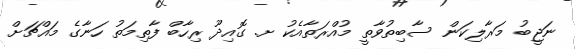
ނަޖީބު މަރާލިކަން ސާބިތުވާތީ މުއްރަތާއެކު ށ. ގޮއިދޫ ރިހާބް ފާތިމަތު ހަނާގެ މައްޗަށް